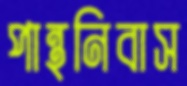
পান্থনিবাস